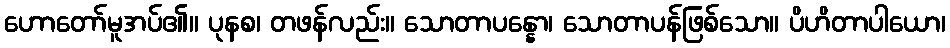
ဟောတော်မူအပ်၏။ ပုနစ၊ တဖန်လည်း။ သောတာပန္နော၊ သောတာပန်ဖြစ်သော။ ပိဟိတာပါယော၊